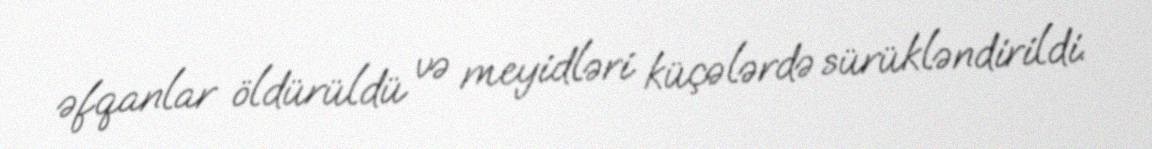
əfqanlar öldürüldü və meyidləri küçələrdə sürükləndirildi.